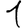
Digit: 1